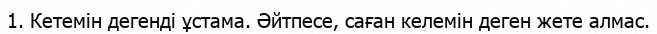
1. Кетемін дегенді ұстама. Әйтпесе, саған келемін деген жете алмас.